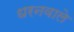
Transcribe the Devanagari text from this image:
धरनवाले